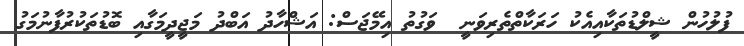
ފުލުހުން ޝީލްޑުތަކާއިއެކު ހަރަކާތްތެރިވަނީ  ވަގުތު އިމޭޖަސް: އަޝްހާދު އަބްދު މަޖީދީމަގާއި ބޮޑުތަކުރުފާނުމަގު